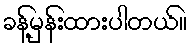
ခန့်မှန်းထားပါတယ်။